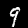
Digit: 9